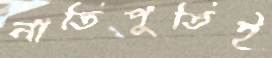
নাতিপুতিই